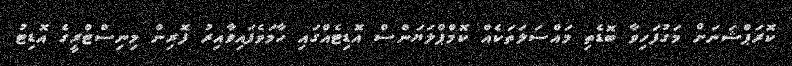
ކޮރަޕްޝަނަށް މަގުފަހިވާ ބޮޑެތި މައްސަލަތަކެއް ކޮމްޕްލަޔަންސް އޮޑިޓެއްގައި ހާމަވެފައިވާއިރު ފޮރިން މިނިސްޓްރީގެ އޮޑިޓު